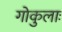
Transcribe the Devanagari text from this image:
गोकुलाः